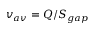
v _ { a v } = Q / S _ { g a p }